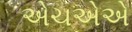
એચએએ